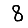
Digit: 8